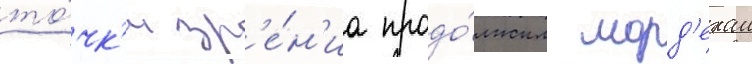
то́чк'и зр'е́н'иа продо́лжил морд'ехаи